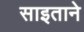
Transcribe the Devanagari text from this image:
साइताने